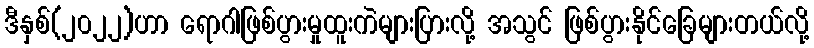
ဒီနှစ်(၂၀၂၂)ဟာ ရောဂါဖြစ်ပွားမှုထူးကဲများပြားလို့ အသွင် ဖြစ်ပွားနိုင်ခြေများတယ်လို့